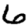
Digit: 6